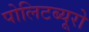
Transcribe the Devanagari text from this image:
पोलिटब्यूरो